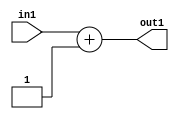
`timescale 1ps / 1ps
/*****************************************************************************
    Verilog RTL Description
    
    
    Created by: Stratus DpOpt 21.05.01 
*******************************************************************************/

module dut_Add_4U_6_1 (
	in1,
	out1
	); /* architecture "behavioural" */ 
input [2:0] in1;
output [3:0] out1;
wire [3:0] asc001;

assign asc001 = 
	+(in1)
	+(4'B0001);

assign out1 = asc001;
endmodule

/* CADENCE  urbyTwk= : u9/ySxbfrwZIxEzHVQQV8Q== ** DO NOT EDIT THIS LINE ******/